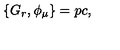
\{ G _ { r } , \phi _ { \mu } \} = p c ,